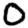
Digit: 0